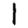
Digit: 1